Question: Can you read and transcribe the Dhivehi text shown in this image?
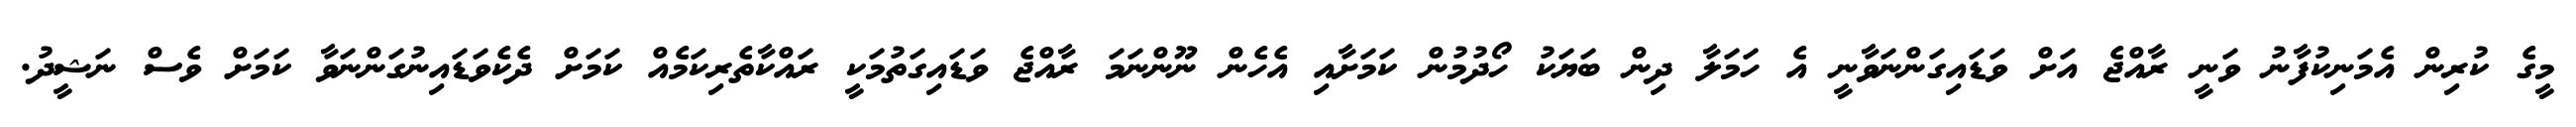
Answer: މީގެ ކުރިން އެމަނިކުފާނު ވަނީ ރާއްޖެ އަށް ވަޑައިގަންނަވާނީ އެ ހަމަލާ ދިން ބަޔަކު ހޯދުމުން ކަމަށާއި އެހެން ނޫންނަމަ ރާއްޖެ ވަޑައިގަތުމަކީ ރައްކާތެރިކަމެއް ކަމަށް ދެކެވަޑައިނުގަންނަވާ ކަމަށް ވެސް ނަޝީދު.